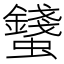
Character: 𧔢